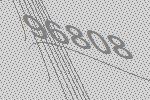
96808